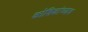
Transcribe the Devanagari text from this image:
कोशिकांच्याच